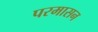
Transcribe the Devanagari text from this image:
परमासन